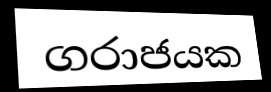
ගරාජයක